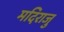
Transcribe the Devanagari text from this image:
मदिराजु